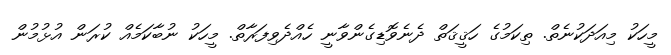
މީހަކު މިއަދަކުނެތް. ތިކަމުގެ ހަޤީޤަތް ދެނެވޮޑިގެންވާނީ ހެއްދެވިފަރާތް. މީހަކު ނުބާކަމެއް ކުރަން އުޅުމުން